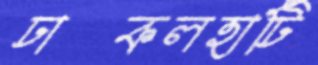
ঢাকলহাটি